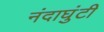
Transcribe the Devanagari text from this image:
नंदाघुंटी